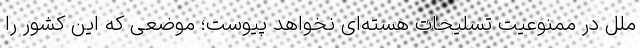
ملل در ممنوعیت تسلیحات هسته‌ای نخواهد پیوست؛ موضعی که این کشور را